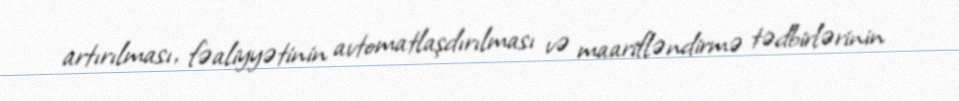
artırılması, fəaliyyətinin avtomatlaşdırılması və maarifləndirmə tədbirlərinin